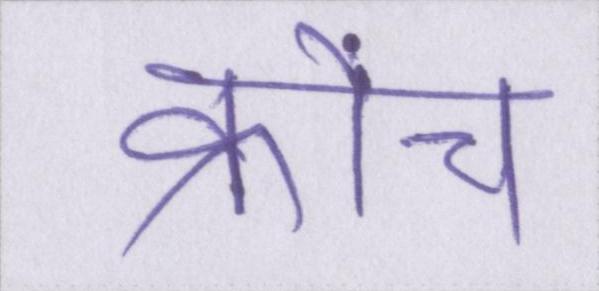
क्रोंच